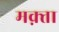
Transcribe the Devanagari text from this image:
मक़्ता